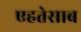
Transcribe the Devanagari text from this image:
एहतेसाब